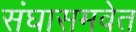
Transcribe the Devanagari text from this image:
संघासमवेत